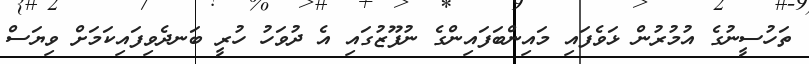
ތަހުސީނުގެ އުމުރުން ޅަވެފައި މައިންބަފައިންގެ ނުފޫޒުގައި އެ ދުވަހު ހުރީ ބަނދެވިފައިކަމަށް ވިޔަސް